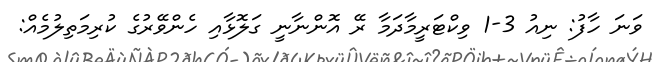
ވަނަ ހާފު: ނިއު 3-1 ވިކްޓަރީމާދަމާ ރޭ އޮންނާނީ ގަލޮޅާއި ހެންވޭރުގެ ކުރިމަތިލުމެއް: